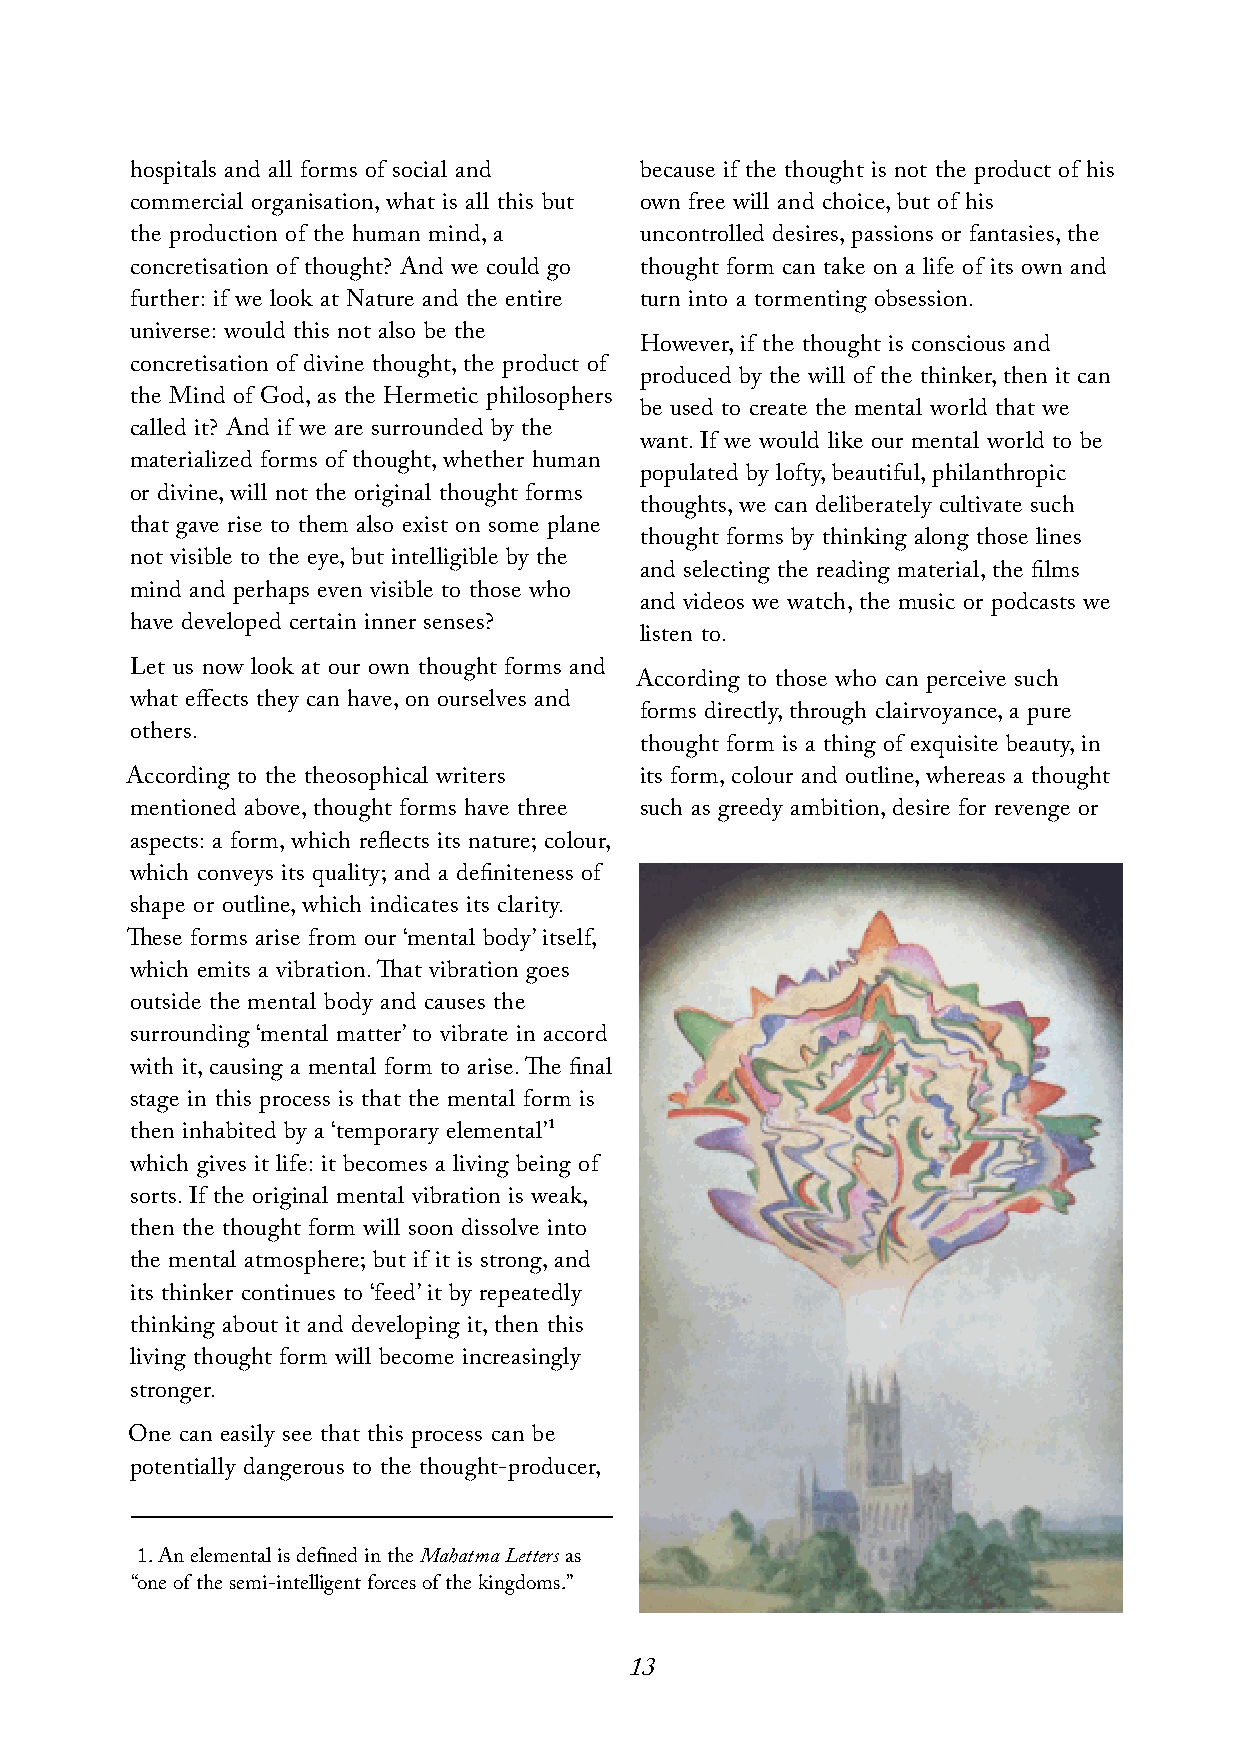
hospitals and all forms of social and because if the thought is not the product of his
 commercial organisation,what is all this but own free will and choice,but of his
 the production of the human mind,a uncontrolled desires,passions or fantasies,the
 concretisation of thought? And we could go thought form can take on a life of its own and
 further: if we look at Nature and the entire turn into a tormenting obsession.
 universe: would this not also be the
 However,if the thought is conscious and
 concretisation of divine thought,the product of
 produced by the will of the thinker,then it can
 the Mind of God,as the Hermetic philosophers
 be used to create the mental world that we
 called it? And if we are surrounded by the
 want.If we would like our mental world to be
 materialized forms of thought,whether human
 populated by lofty,beautiful,philanthropic
 or divine,will not the original thought forms
 thoughts,we can deliberately cultivate such
 that gave rise to them also exist on some plane
 thought forms by thinking along those lines
 not visible to the eye,but intelligible by the
 and selecting the reading material,the films
 mind and perhaps even visible to those who
 and videos we watch,the music or podcasts we
 have developed certain inner senses?
 listen to.
 Let us now look at our own thought forms and
 According to those who can perceive such
 what effects they can have,on ourselves and
 forms directly,through clairvoyance,a pure
 others.
 thought form is a thing of exquisite beauty,in
 According to the theosophical writers its form,colour and outline,whereas a thought
 mentioned above,thought forms have three such as greedy ambition,desire for revenge or
 aspects: a form,which reflects its nature; colour,
 which conveys its quality; and a definiteness of
 shape or outline,which indicates its clarity.
 These forms arise from our ‘mental body’itself,
 which emits a vibration.That vibration goes
 outside the mental body and causes the
 surrounding ‘mental matter’to vibrate in accord
 with it,causing a mental form to arise.The final
 stage in this process is that the mental form is
 then inhabited by a ‘temporary elemental’¹
 which gives it life: it becomes a living being of
 sorts.If the original mental vibration is weak,
 then the thought form will soon dissolve into
 the mental atmosphere; but if it is strong,and
 its thinker continues to ‘feed’it by repeatedly
 thinking about it and developing it,then this
 living thought form will become increasingly
 stronger.
 One can easily see that this process can be
 potentially dangerous to the thought-producer,
 1.AnelementalisdefinedintheMahatmaLettersas
 “oneofthesemi-intelligentforcesofthekingdoms.”
 13